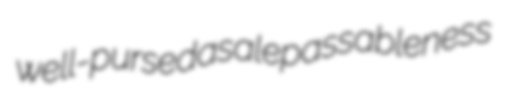
well-pursed asale passableness